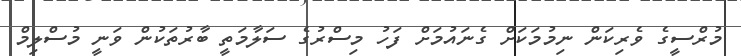
މުރްސީގެ ވެރިކަން ނިމުމަކަށް ގެނައުމަށް ފަހު މިސްރުގެ ސަލާމަތީ ބާރުތަކުން ވަނީ މުސްލިމް